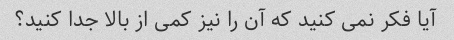
آیا فکر نمی کنید که آن را نیز کمی از بالا جدا کنید؟